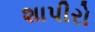
શાપીરો